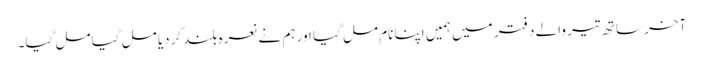
آخر ساتھ تیر والے دفتر میں ہمیں اپنا نام مل گیا اور ہم نے نعرہ بلند کردیا مل گیا مل گیا۔